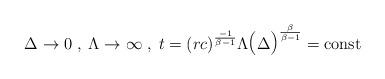
LaTeX: \begin{align*}\Delta \to 0 \; , \; \Lambda \to \infty \; , \; t = (rc)^{{-1} \over {\beta -1}} \Lambda \mbox{\Large(} \Delta\mbox{\Large)}^{{\beta \over {\beta-1}}} = \mbox{\rm const} \end{align*}